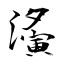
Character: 濥